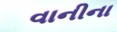
વાનીના